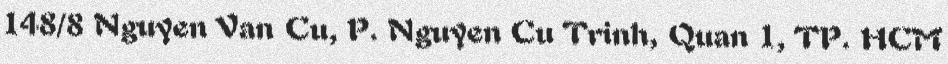
148/8 Nguyen Van Cu, P. Nguyen Cu Trinh, Quan 1, TP. HCM